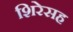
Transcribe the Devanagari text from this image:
शिरेसह